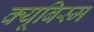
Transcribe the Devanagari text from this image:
क्यूबिस्म